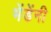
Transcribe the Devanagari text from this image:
भेंडेंनी